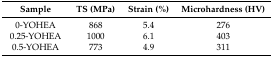
<table><thead><tr><td><b>Sample</b></td><td><b>TS (MPa)</b></td><td><b>Strain (%)</b></td><td><b>Microhardness (HV)</b></td></tr></thead><tbody><tr><td>0-YOHEA</td><td>868</td><td>5.4</td><td>276</td></tr><tr><td>0.25-YOHEA</td><td>1000</td><td>6.1</td><td>403</td></tr><tr><td>0.5-YOHEA</td><td>773</td><td>4.9</td><td>311</td></tr></tbody></table>